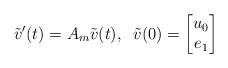
LaTeX: \begin{align*}\tilde{v}'(t)=A_m\tilde{v}(t),\;\; \tilde{v}(0)=\begin{bmatrix}u_0\\e_1\end{bmatrix}\end{align*}